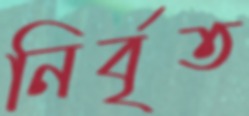
নির্বৃত